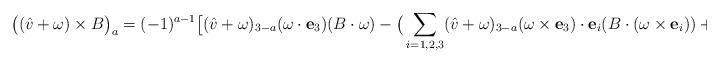
LaTeX: \begin{align*} \big((\hat{v}+\omega) \times B \big)_a= (-1)^{a-1}\big[(\hat{v}+\omega)_{3-a} (\omega\cdot \mathbf{e}_3) (B\cdot \omega ) -\big(\sum_{i=1,2,3} (\hat{v}+\omega)_{3-a}( \omega \times \mathbf{e}_3)\cdot \mathbf{e}_i (B\cdot(\omega \times \mathbf{e}_i))+ (\hat{v}+\omega)_3 B_2\big)\big].\end{align*}